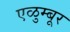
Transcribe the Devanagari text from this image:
एळुम्बूर